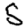
Digit: 5